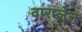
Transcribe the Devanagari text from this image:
वारप्लेन